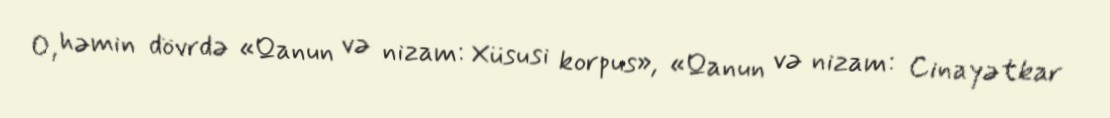
O, həmin dövrdə «Qanun və nizam: Xüsusi korpus», «Qanun və nizam: Cinayətkar